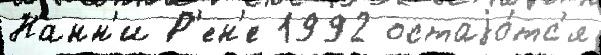
Нанн'и Р'ен'е 1992 остаjо́тс'я